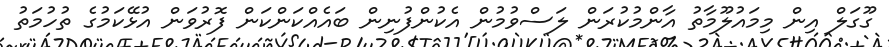
ގޫގަލް އިން މިމައުލޫމާތު އާންމުކުރަން ލަސްވުމުން އެކުންފުނިން ބައެއްކަންކަން ފޮރުވަން އުޅޭކަމުގެ ތުހުމަތު